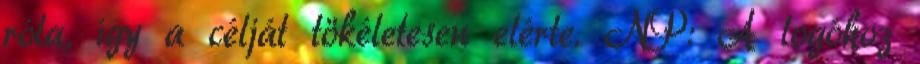
róla, így a célját tökéletesen elérte. NP: A logóhoz